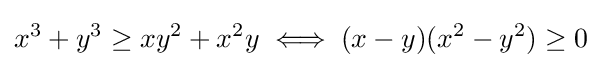
x^{3}+y^{3}\geq xy^{2}+x^{2}y\iff (x-y)(x^{2}-y^{2})\geq 0